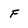
Character: F